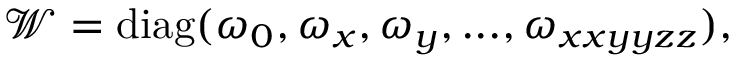
\mathcal { W } = \mathrm { d i a g } ( \omega _ { 0 } , \omega _ { x } , \omega _ { y } , . . . , \omega _ { x x y y z z } ) ,